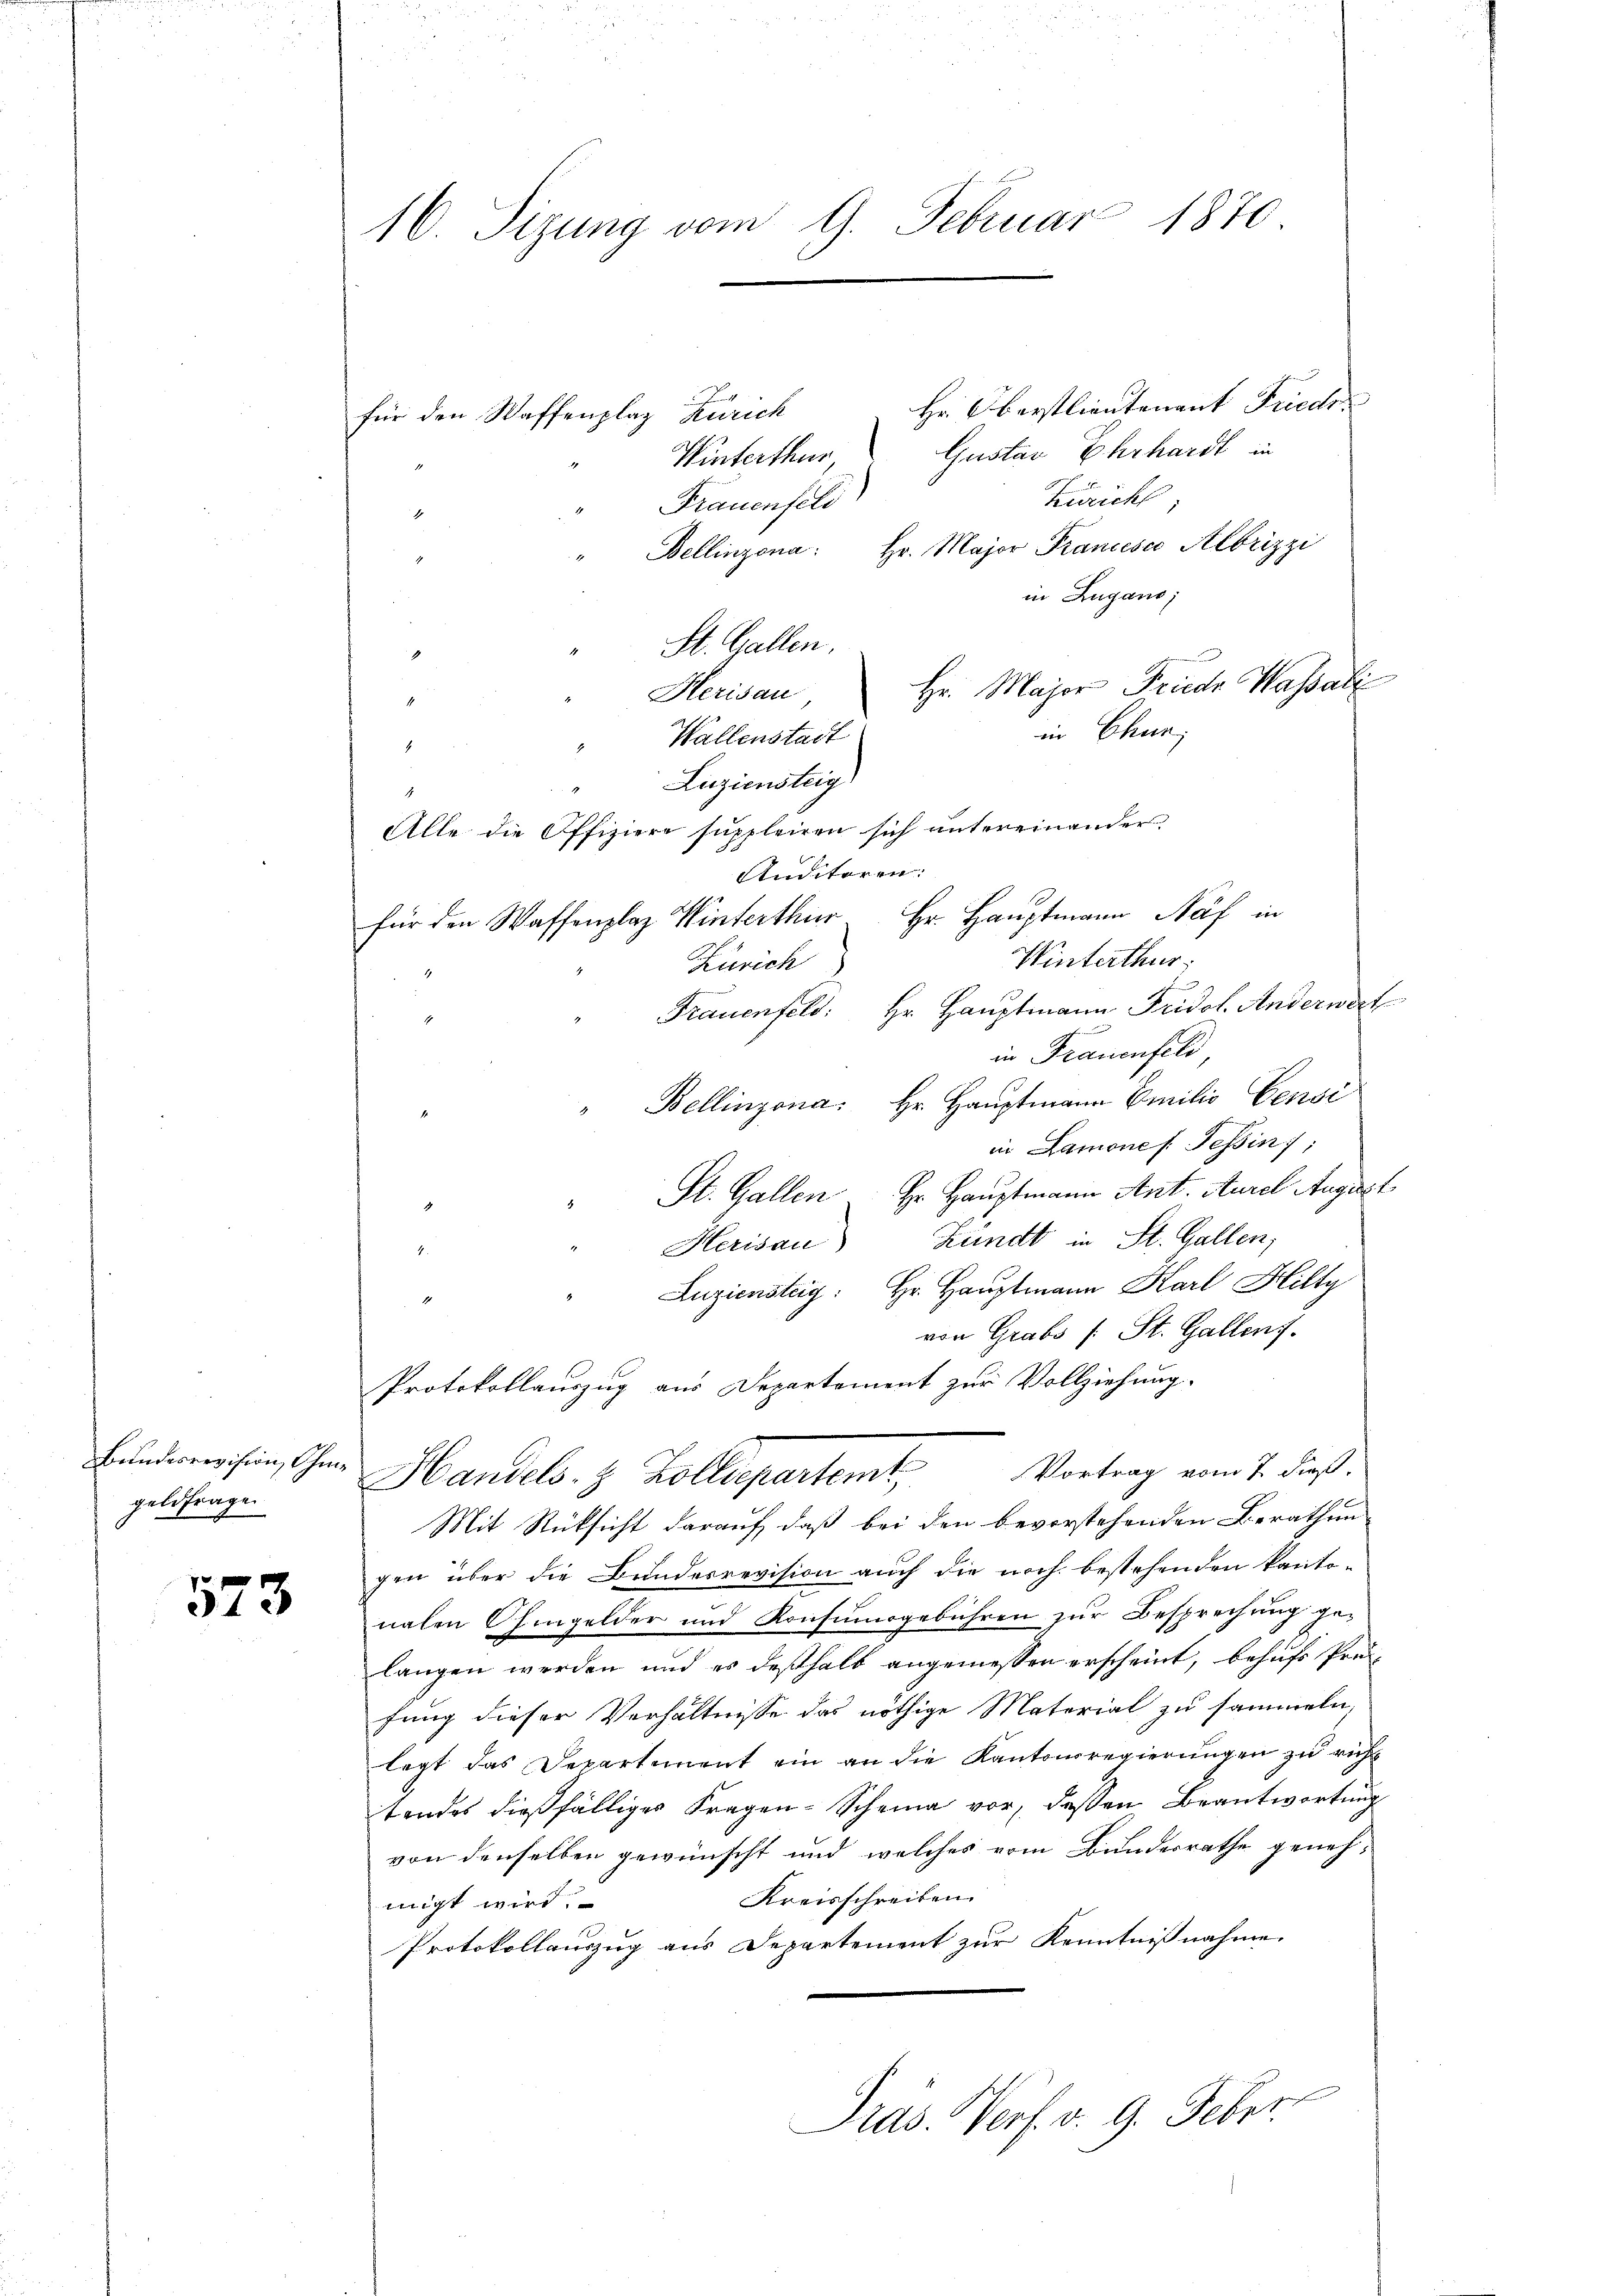
geldfrage

573

16. Sizung vom 9. Februar 1870.

i
Hr. Oberstlieutenant Friede
für den Waffenplaz Kurich
Gustav Ehrhardt in
Winterthur
Zuricht;
Frauenfeld
1
" Bellinzona. Hr. Major Francesca Albrizzi
in Zugano,
St. Gallen.
1
Hr. Major Friede Hassali
Herisau,
d
in Chun;
Wallenstadt
.
Luziensteig
.
Alle die Offiziere suppleiren sich untereinander
Anditoren.
für den Waffenplaz Winterthur Hr. Hauptmann Näf in
Winterthur,
Zürich
Frauenfeld: Hr. Hauptmann Fridol. Anderwert
in Frauenfeld
Bellinzona. Hr. Hauptmann Emilio Censi
in Lamones Tessin;
St. Gallen Hr. Hauptmann Ant. Aurel August
Kundt in St. Gallen,
Herisau
4.
Luziensteig: Hr. Hauptmann Karl Hilty
E
von Grabs /: St. Gallens.
Protokollauszug aus Departement zur Vollziehung.
Bunderwisen, ohne Handels. z. Zolldepartemt. Vortrag vom 7. dieß.
Mit Rüksicht darauf, daß bei den bevorstehenden Berathungen über die Bundesrevision auch die noch bestehenden kanto-
nahen Ohmgelder und Konsumogebühren zur Besprechung gelangen werden und es deßhalb angemessen erscheint, behufs Prü-
fung dieser Verhältnisse das nöthige Material zu sammeln,
legt das Departement ein an die Kantonsregierungen zu richt
tendes dießfälliger Fragen- Scheina vor, dessen Beantwortung
von denselben gewünscht und welches vom Bundesrathe geneh-
Kreisschreiben.
migt wird.
Protokollauszug aus Departement zur Kenntnißnahme.
Präs. Verf. v. 9. Feber